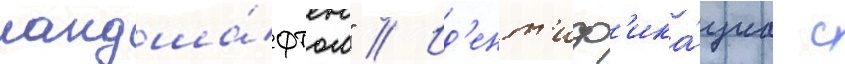
ландша́фтом" // Ид'ент'иф'ика́циа с